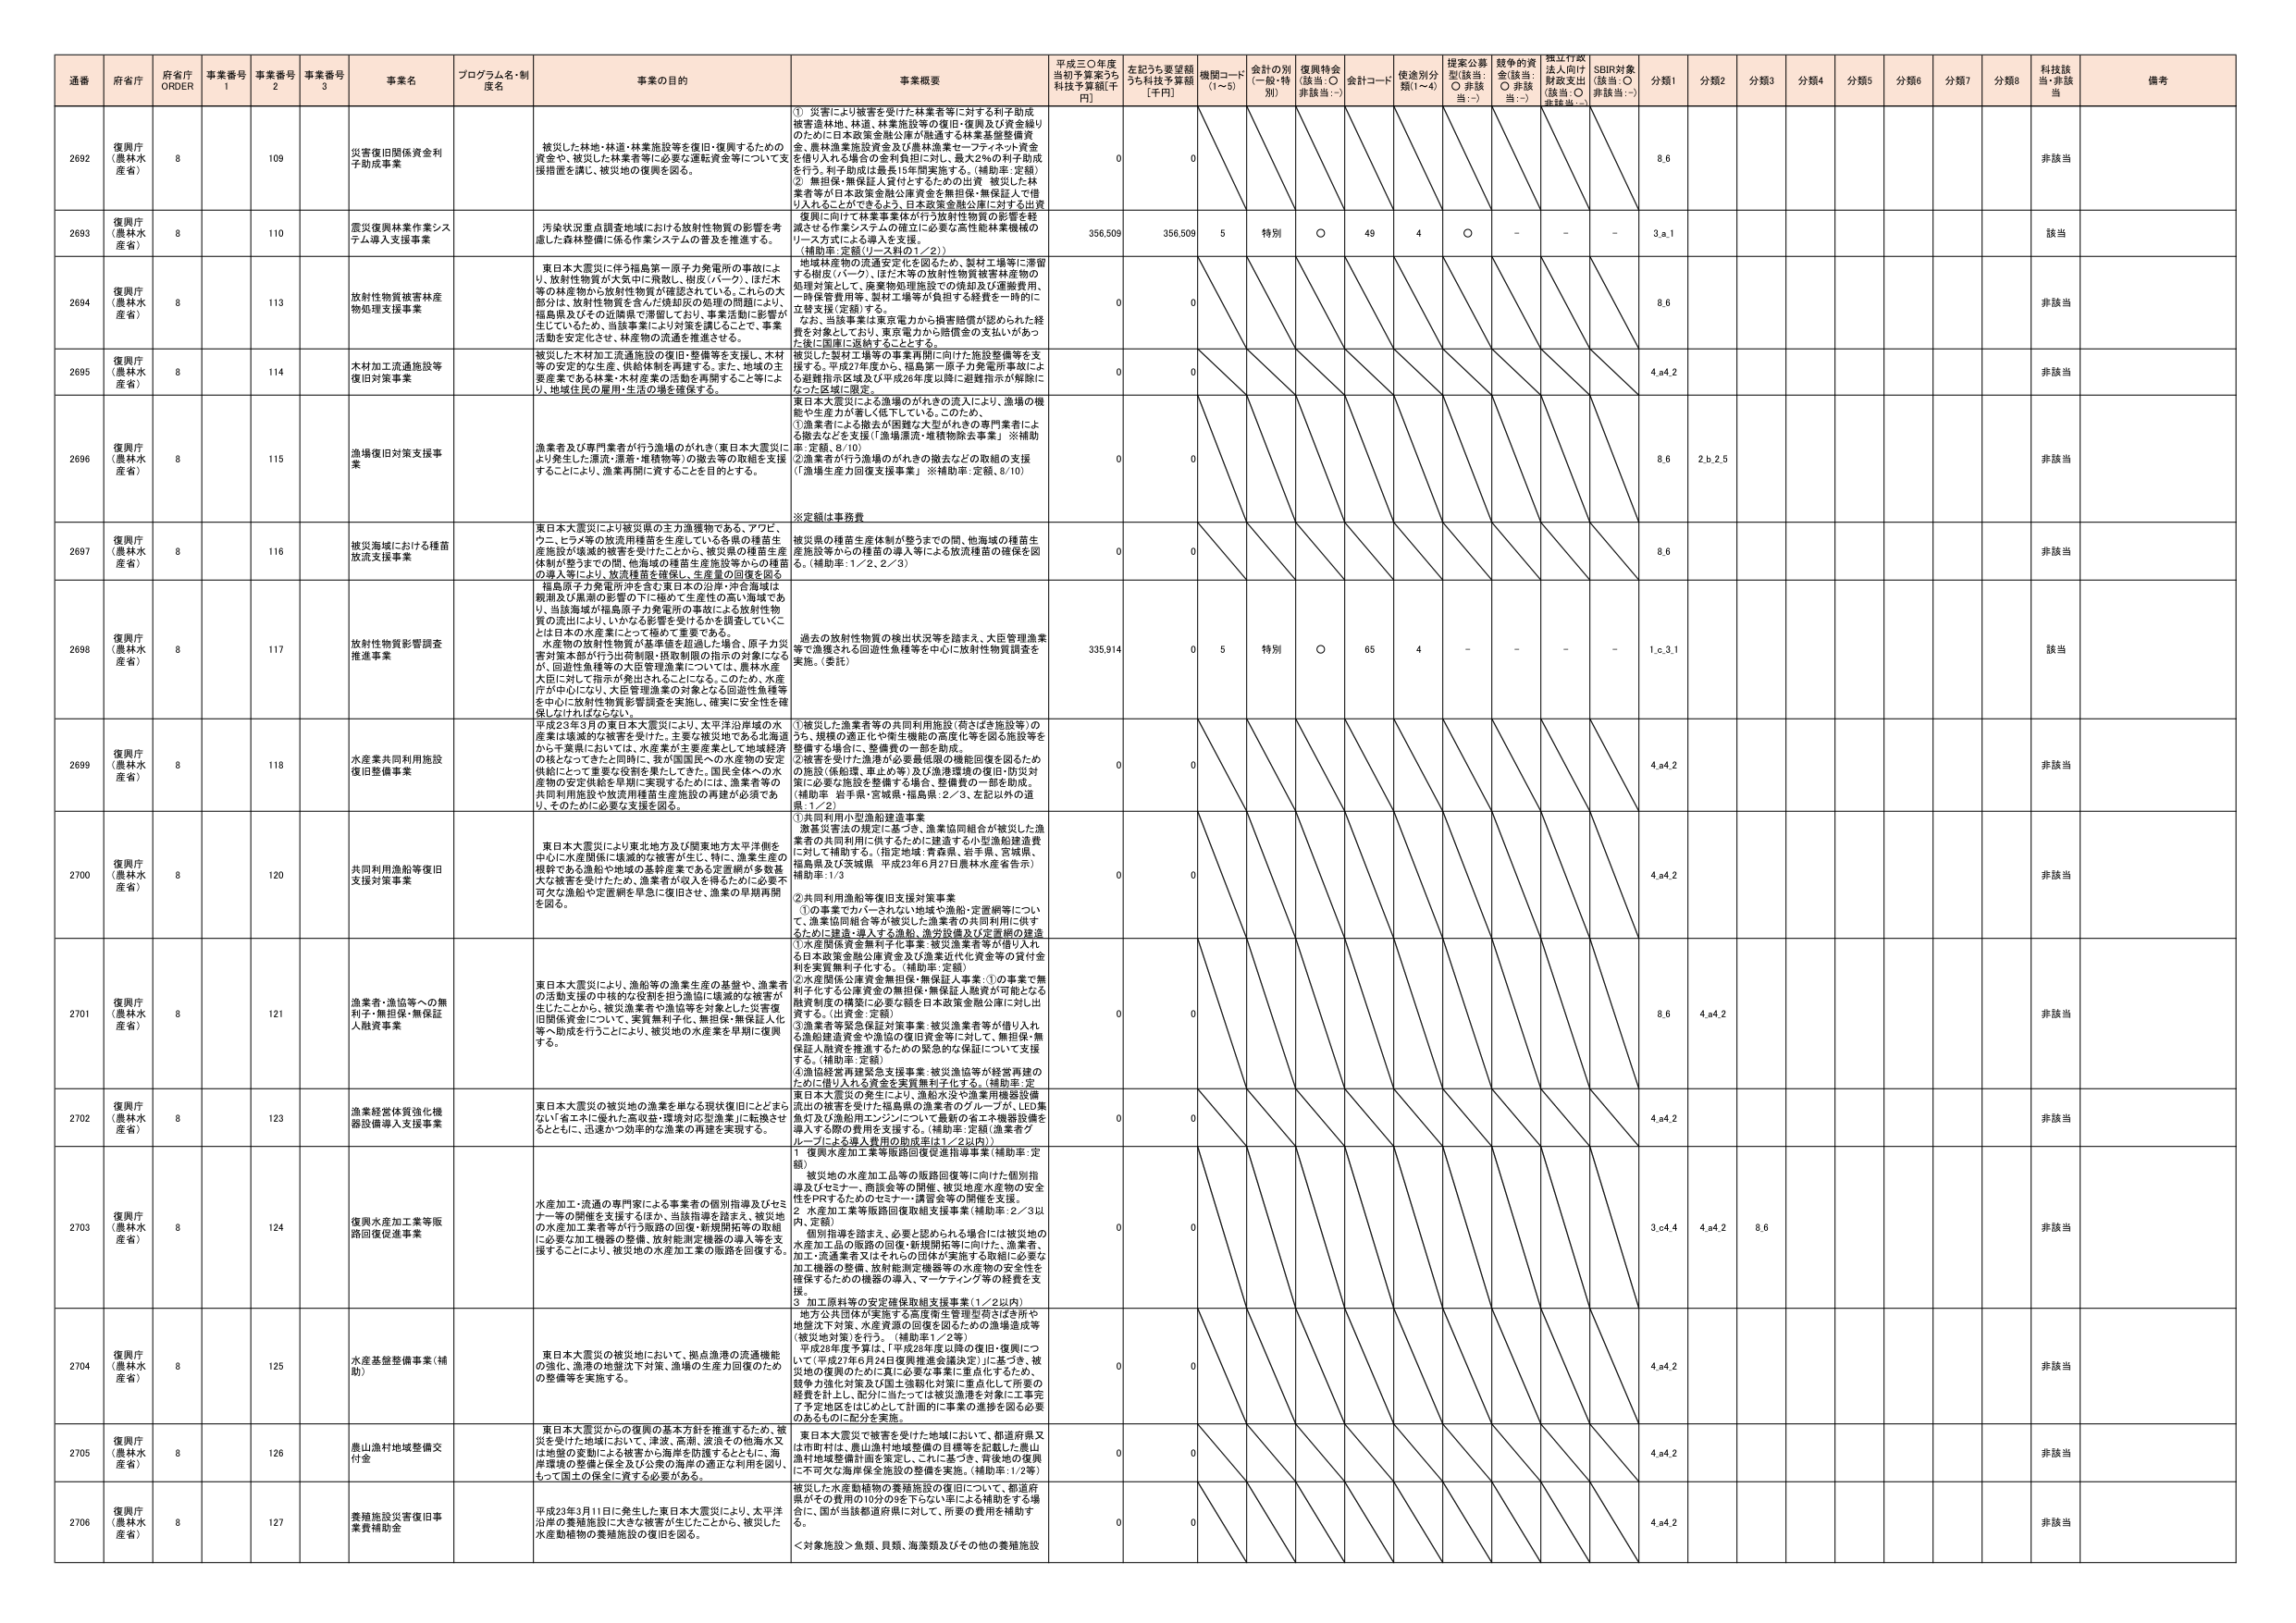
通番 府省庁 府省庁 ORDER 事業番号 1 事業番号 2 事業番号 3 事業名 プログラム名・制度名 事業の目的 事業概要 平成三〇年度当初予算案うち利子補助金額[千円] 左記うち要望額うち利子補助金額[千円] 機関コード(1～5) 金額の別(一般・特別) 復興特金(該当:○ 非該当:－) 金額コード 使途別分類(1～4) 提案公募型(該当:○ 非該当:－) 越年の資金(該当:○ 非該当:－) 指定行政法人向け財政支出(該当:○ 非該当:－) SDBR対象(該当:○ 非該当:－) 分類1 分類2 分類3 分類4 分類5 分類6 分類7 分類8 科技該当 非該当 備考

2692 復興庁(農林水産省) 8 109 災害復旧関係資金利子助成事業 被災した林地・林道・林業施設等を復旧・復興するための資金や、被災した林業者等に必要な運転資金等について支援措置を講じ、被災地の復興を図る。 ① 災害により被害を受けた林業者等に対する利子助成被害造林地、林道、林業施設等の復旧・復興及び資金繰りのための日本政策金融公庫が融通する林業基盤整備資金、農林漁業融資資金及び農林漁業セーフティネット資金を借り入れる場合の金利負担に対し、最大2％の利子助成を行う。利子助成は最長15年間実施する。（補助率：定額）② 無担保・無保証入貸付とするための出資 被災した林業者等が日本政策金融公庫資金を無担保・無保証入で借り入れることができるように、日本政策金融公庫に対する出資 0 0 8.6 非該当

2693 復興庁(農林水産省) 8 110 震災復興林業作業システム導入支援事業 汚染状況重点調査地域における放射性物質の影響を考慮した森林整備に係る作業システムの普及を推進する。 復興に向けて林業事業体が行う放射性物質の影響を軽減させる作業システムの確立に必要な高性能林業機械のリース方式による導入を支援。（補助率：定額（リース料の1／2）） 356,509 356,509 5 特別 ○ 49 4 ○ － － － 3.a.1 該当

2694 復興庁(農林水産省) 8 113 放射性物質被害林産物処理支援事業 東日本大震災に伴う福島第一原子力発電所の事故により、放射性物質が大気中に飛散し、樹皮（バーグ）、ほた木等の林産物から放射性物質が確認されている。これらの大部分は、放射性物質を含んだ焼却灰の処理の問題により、福島県及びその近隣県で滞留しており、事業活動に影響が生じているため、当該事業により対策を講じることで、事業活動を安定化させ、林産物の流通を推進させる。 地域林産物の流通安定化を図るため、製材工場等に滞留する樹皮（バーグ）、ほた木等の放射性物質被害林産物の処理対策として、廃棄物処理施設での焼却及び運搬費用、一時保管費用等、製材工場等が負担する経費を一時的に立替支援（定額）する。なお、当該事業は東京電力から損害賠償が認められた経費を対象としており、東京電力から賠償金の支払いがあった後に国庫に返納することとする。 0 0 8.6 非該当

2695 復興庁(農林水産省) 8 114 木材加工流通施設等復旧対策事業 被災した木材加工流通施設の復旧・整備等を支援し、木材等の安定的な生産・供給体制を構築する。また、地域の主要産業である林業・木材産業の活動を再開すること等により、地域住民の雇用・生活の回復を確保する。 被災した製材工場等の事業再開に向けた施設整備等を支援する。平成27年度から、福島第一原子力発電所事故による避難指示区域及び平成26年度以降に避難指示が解除になった区域に限定。 0 0 4.a4.2 非該当

2696 復興庁(農林水産省) 8 115 漁場復旧対策支援事業 漁業者及び専門業者が行う漁場のがれき（東日本大震災により発生した漂流・漂着・堆積物等）の撤去等の取組を支援することにより、漁業再開に資することを目的とする。 東日本大震災による漁場のがれきの流入により、漁場の機能や生産力が著しく低下している。このため、①漁業者による撤去が困難な大型がれきの専門業者による撤去などを支援（「漁場漂流・堆積物除去事業」※補助率：定額、8/10）②漁業者が行う漁場のがれきの撤去などの取組の支援（「漁場生産力回復支援事業」※補助率：定額、8/10） 0 0 8.6 2.b.2.5 非該当

※定額は事務費

2697 復興庁(農林水産省) 8 116 被災海域における種苗放流支援事業 東日本大震災により被災県の主力漁獲物である、アワビ、ウニ、ヒラメ等の放流用種苗を生産している各県の種苗生産施設が壊滅的被害を受けたことから、被災県の種苗生産体制が整うまでの間、他海域の種苗生産施設等からの種苗の導入等により、放流種苗を確保し、生産量の回復を図る。 福島原子力発電所汚を含む東日本の沿岸・沖合海域は顕著及び黒潮の影響の下に極めて生産性の高い海域であり、当該海域が福島原子力発電所の事故による放射性物質の流出により、いかなる影響を受けているか調査していくことは日本の水産業にとって極めて重要である。 被災県の種苗生産体制が整うまでの間、他海域の種苗生産施設等からの種苗の導入等による放流種苗の確保を図る。（補助率：1／2、2／3） 0 0 8.6 非該当

2698 復興庁(農林水産省) 8 117 放射性物質影響調査推進事業 水産物の放射性物質が基準値を超過した場合、原子力災害対策本部が行う出荷制限・供給制限の指示の対象になるが、回避性魚種等の大臣管理漁業については、農林水産大臣に対して指示が発出されないことになる。このため、水産庁が中心になり、大臣管理漁業の対象となる回避性魚種等を中心に放射性物質影響調査を実施し、確実に安全性を確保しなければならない。 過去の放射性物質の検出状況等を踏まえ、大臣管理漁業等で漁獲される回避性魚種等を中心に放射性物質調査を実施。（委託） 335,914 0 5 特別 ○ 65 4 － － － － 1.c.3.1 該当

2699 復興庁(農林水産省) 8 118 水産業共同利用施設復旧整備事業 平成23年3月の東日本大震災により、太平洋沿岸域の水産業は壊滅的な被害を受け、主要な被災地では、主要な被災地では、水産業が主要産業として地域経済の核となっておきと同時に、我が国国民への水産物の安定供給にとって重要な役割を果たしてきた。国民全体への水産物の安定供給を早期に実現するためには、漁業者等の共同利用施設や放流用種苗生産施設の再建が必須であり、そのために必要な支援を図る ①被災した漁業者等の共同利用施設（荷さばき施設等）のうち、規模の適正化や衛生施設の近代化等を図る施設等を整備する場合に、整備費の一部を助成。②被害を受けた漁港が必要最低限の機能回復を図るための施設（係船塀、車止め等）及び漁港環境の復旧・防災対策に必要な施設を整備する場合、整備費の一部を助成。（補助率：岩手県・宮城県・福島県：2／3、左記以外の道県：1／2） 0 0 4.a4.2 非該当

2700 復興庁(農林水産省) 8 120 共同利用漁船等復旧支援対策事業 東日本大震災により東北地方及び関東地方太平洋側を中心に水産関係に壊滅的な被害が生じ、特に、漁業生産の根幹である漁船や漁場の基幹産業である定置網が多数甚大な被害を受けたため、漁業者が収入を得るための必要不可欠な漁船や定置網を早急に復旧させ、漁業の早期再開を図る。 ①共同利用小型漁船建造事業 激発災害法の規定に基づき、漁業協同組合が被災した漁業者の共同利用に供するための建造する小型漁船建造費に対して補助する。（指定地域：青森県、岩手県、宮城県、福島県及び茨城県 平成23年6月27日農林水産省告示）補助率：1/3 ②共同利用漁船等復旧支援対策事業 ①の事業でカバーされない地域や漁船・定置網等について、漁業協同組合等が被災した漁業者の共同利用に供するために建造・導入する漁船、漁労設備及び定置網の建造 0 0 4.a4.2 非該当

2701 復興庁(農林水産省) 8 121 漁業者・漁協等への無利子・無担保・無保証人融資事業 東日本大震災により、漁船等の漁業生産の基盤や、漁業者の活動支援の中核的な役割を担う漁協に壊滅的な被害が生じたことから、被災漁業者や漁協等を対象とした災害復旧関係資金について、実質無利子化・無担保・無保証人化等へ助成を行うことにより、被災地の水産業を早期に復興する。 ①水産関係資金無利子化事業：被災漁業者等が借り入れる日本政策金融公庫資金及び漁業近代化資金等の貸付金利を実質無利子化する。（補助率：定額）②水産関係公庫資金無担保・無保証人事業：①の事業で無利子化する公庫資金の無担保・無保証人融資が可能となる融資制度の構築に必要な額を日本政策金融公庫に対し出資する。（出資金：定額）③漁業者等緊急保証対策事業：被災漁業者等が借り入れる漁船建造資金や漁協の復旧資金等に対して、無担保・無保証人融資を推進するための緊急的な保証について支援する。（補助率：定額）④漁協経営再建緊急支援事業：被災漁協等が経営再建のために借り入れる資金を実質無利子化する。（補助率：定額） 0 0 8.6 4.a4.2 非該当

2702 復興庁(農林水産省) 8 123 漁業経営体質強化機器設備導入支援事業 東日本大震災の被災地の漁業を単なる現状復旧にとどまらない「省エネに優れた高収益・環境対応型漁業」に転換させるとともに、迅速かつ効率的な漁業の再建を実現する。 東日本大震災の発生により、漁船水汲や漁業用機器設備流出の被害を受けた福島県の漁業者のグループが、LED集魚灯及び漁船用エンジンについて最新の省エネ機器設備を導入する際の費用を支援する。（補助率：定額（漁業者グループによる導入費用の助成率は1／2以内）） 0 0 4.a4.2 非該当

2703 復興庁(農林水産省) 8 124 復興水産加工業等販路回復促進事業 水産加工・流通の専門家による事業者の個別指導及びセミナー等の開催を支援するほか、当該指導を踏まえ、被災地の水産加工業者等が行う販路の回復・新規開拓等の取組に必要な加工機器の整備、放射能測定機器の導入等を支援することにより、被災地の水産加工業の販路を回復する。 1 復興水産加工業等販路回復促進指導事業（補助率：定額）被災地の水産加工品等の販路回復等に向けた個別指導及びセミナー、商談会等の開催、被災地産水産物の安全性をPRするためのセミナー・講習会等の開催を支援。2 水産加工業等販路回復取組支援事業（補助率：2／3以内、定額）個別指導を踏まえ、必要と認められる場合には被災地の水産加工品の販路の回復・新規開拓等に向けた、漁業者、加工・流通業者又はそれらの団体が実施する取組に必要な加工機器の整備、放射能測定機器や水産物の安全性を確保するための機器の導入、マーケティング等の経費を支援。3 加工原料等の安定確保取組支援事業（1／2以内）地方公共団体が実施する高度衛生管理型荷さばき所や地盤沈下対策、水産資源の回復を図るための漁場造成等（被災地対策）を行う。（補助率1／2等） 0 0 3.c.4.4 4.a4.2 8.6 非該当

2704 復興庁(農林水産省) 8 125 水産基盤整備事業（補助） 東日本大震災の被災地において、拠点漁港の流通機能の強化、漁港の地盤沈下対策、漁場の生産力回復のための整備等を実施する。 平成26年度予算は、「平成28年度以降の復旧・復興について（平成27年6月24日復興推進会議決定）」に基づき、被災地の復興のために真に必要な事業に重点をけるため、競争力強化対策及び国土強靭化対策に重点化して所要の経費を計上し、配分に当たっては被災漁港を対象に工事完了予定地区をはじめとして計画的に事業の進捗を図る必要があるものに配分を実施。 0 0 4.a4.2 非該当

2705 復興庁(農林水産省) 8 126 農山漁村地域整備交付金 東日本大震災からの復興の基本方針を推進するため、被災を受けた地域において、津波、高潮、波浪その他海水又は地盤の変動による被害から海岸を防護するとともに、海岸環境の整備と保全及び公衆の海岸の適正な利用を図り、もって国土の保全に資する必要がある。 東日本大震災で被害を受けた地域において、都道府県又は市町村は、農山漁村地域整備の目標等を記載した農山漁村地域整備計画を策定し、これに基づき、再建地の復興に不可欠な海岸保全施設の整備を実施。（補助率：1/2等） 0 0 4.a4.2 非該当

2706 復興庁(農林水産省) 8 127 養殖施設災害復旧事業費補助金 平成23年3月11日に発生した東日本大震災により、太平洋沿岸の養殖施設に大きな被害が生じたことから、被災した水産動植物の養殖施設の復旧を図る。 被災した水産動植物の養殖施設の復旧について、都道府県がその費用の10分の9を下らない率による補助をする場合に、国が当該都道府県に対して、所要の費用を補助する。＜対象施設＞魚類、貝類、海藻類及びその他の養殖施設 0 0 4.a4.2 非該当